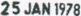
25 JAN 1978